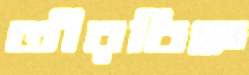
তীরচিহ্ন